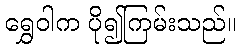
ရွှေဝါက ပို၍ကြမ်းသည်။